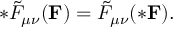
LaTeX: * \tilde { F } _ { \mu \nu } ( { \bf F } ) = \tilde { F } _ { \mu \nu } ( { \bf * F } ) .